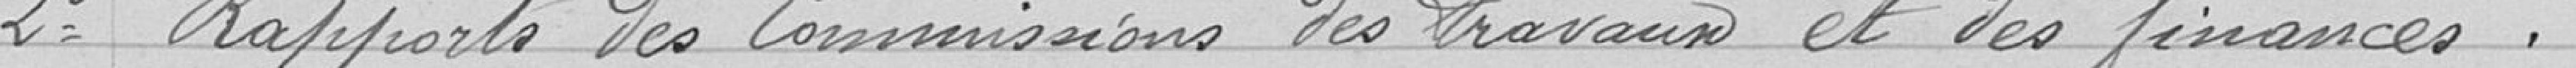
2 Rapports des Commission des travaux et des finances